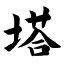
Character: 塔